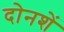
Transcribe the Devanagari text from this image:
दोनशें